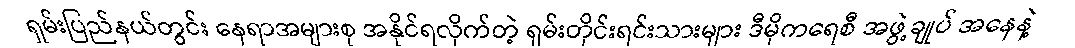
ရှမ်းပြည်နယ်တွင်း နေရာအများစု အနိုင်ရလိုက်တဲ့ ရှမ်းတိုင်းရင်းသားများ ဒီမိုကရေစီ အဖွဲ့ချုပ် အနေနဲ့